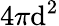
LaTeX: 4\pi\mathrm{d}^{2}